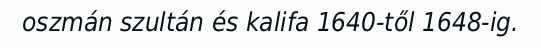
oszmán szultán és kalifa 1640-től 1648-ig.